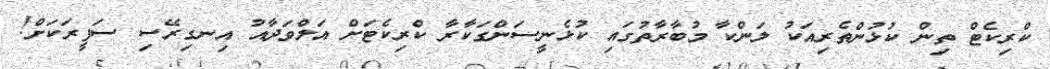
ކްރިކެޓް ތިން ކުޅުންތެރިއަކު ލަންކާ މުބާރާތުގައި ކުޅެނީސަންގަކާރާ ކްރިކެޓަށް އަލްވަދާއު އިނގިރޭސި ސަފީރަކަށް!